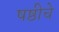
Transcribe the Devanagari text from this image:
षष्ठीचे